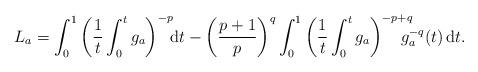
LaTeX: \begin{align*}L_a = \int_0^1\left(\frac 1 t \int_0^tg_a\right)^{-\mathrlap{p}}\mathrm dt - \left(\frac{p+1}{p}\right)^q\int_0^1\left(\frac 1 t \int_0^tg_a\right)^{-p\mathrlap{+q}}g_a^{-q}(t)\,\mathrm dt.\end{align*}